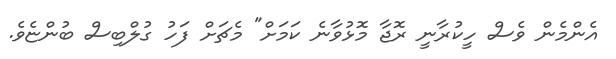
އެންމެން ވެސް ހީކުރާނީ ރޮޖާ މޮޅުވާނެ ކަމަށް" މެޗަށް ފަހު ގުލްބިސް ބުންޏެވެ.